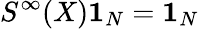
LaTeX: S^{\infty}(X)\mathbf{1}_{N}=\mathbf{1}_{N}